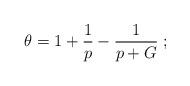
LaTeX: \begin{align*}\theta=1+\frac{1}{p}-\frac{1}{p+G}\;;\end{align*}